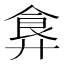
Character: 𩚇